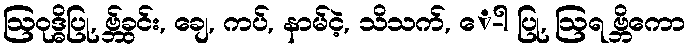
ဩဝုဒ္ဓိပြု, ဗ္ဘ်ခွင်း, ချေ, ကပ်, နာမ်ငဲ့, သိသက်, ေ-ါ ပြု, ဩရ ဗ္ဘိကော